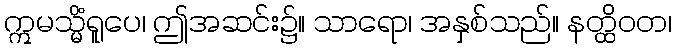
ဣမသ္မိံရူပေ၊ ဤအဆင်း၌။ သာရော၊ အနှစ်သည်။ နတ္ထိဝတ၊